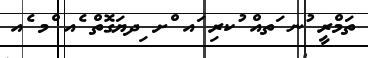
ތަމްރީ ުނ ަތއް ުކރި ައ ްށ ިދޔަގޮތް ެއ ްމ ެއ